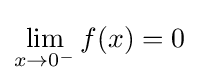
\lim _{x\to 0^{-}}f(x)=0